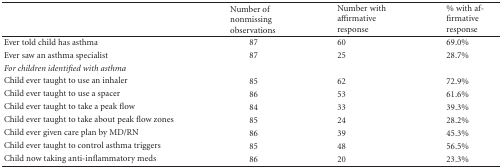
|  | Number of nonmissing observations | Number with affirmative response | % with affirmative response |
 | --- | --- | --- | --- |
 | Ever told child has asthma | 87 | 60 | 69.0% |
 | Ever saw an asthma specialist | 87 | 25 | 28.7% |
 | For children identified with asthma |
 | Child ever taught to use an inhaler | 85 | 62 | 72.9% |
 | Child ever taught to use a spacer | 86 | 53 | 61.6% |
 | Child ever taught to take a peakflow | 84 | 33 | 39.3% |
 | Child ever taught to take aboutpeak flow zones | 85 | 24 | 28.2% |
 | Child ever given care plan by MD/RN | 86 | 39 | 45.3% |
 | Child ever taught to controlasthma triggers | 85 | 48 | 56.5% |
 | Child now taking anti-inflammatory meds | 86 | 20 | 23.3% |